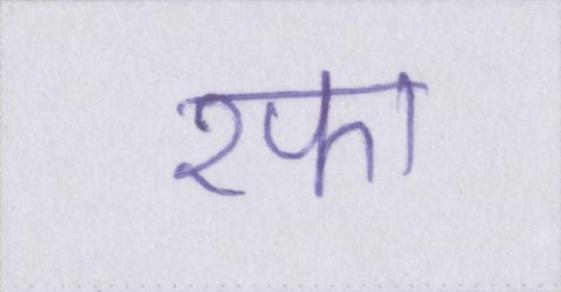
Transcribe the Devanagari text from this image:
रफा